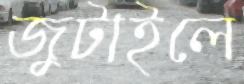
জুটাইলে